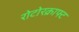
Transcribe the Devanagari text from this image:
रोटोरक्राफ्ट